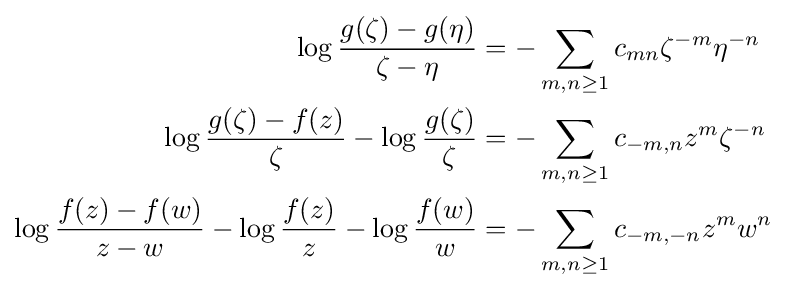
{\begin{aligned}\log {g(\zeta )-g(\eta ) \over \zeta -\eta }&=-\sum _{m,n\geq 1}c_{mn}\zeta ^{-m}\eta ^{-n}\\\log {g(\zeta )-f(z) \over \zeta }-\log {g(\zeta ) \over \zeta }&=-\sum _{m,n\geq 1}c_{-m,n}z^{m}\zeta ^{-n}\\\log {f(z)-f(w) \over z-w}-\log {f(z) \over z}-\log {f(w) \over w}&=-\sum _{m,n\geq 1}c_{-m,-n}z^{m}w^{n}\end{aligned}}